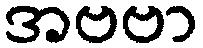
အဗဗာ